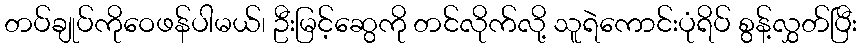
တပ်ချုပ်ကိုဝေဖန်ပါမယ်၊ ဦးမြင့်ဆွေကို တင်လိုက်လို့ သူရဲကောင်းပုံရိပ် စွန့်လွှတ်ပြီး